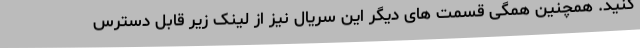
کنید. همچنین همگی قسمت های دیگر این سریال نیز از لینک زیر قابل دسترس